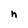
Character: n